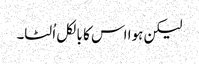
لیکن ہوا اس کا بالکل اُلٹا۔